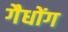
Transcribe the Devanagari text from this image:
गैधोंग